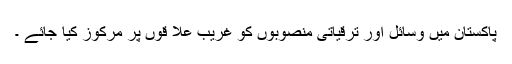
پاکستان میں وسائل اور ترقیاتی منصوبوں کو غریب علا قوں پر مرکوز کیا جائے ۔